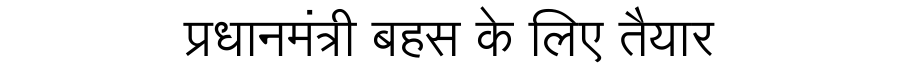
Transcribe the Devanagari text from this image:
प्रधानमंत्री बहस के लिए तैयार